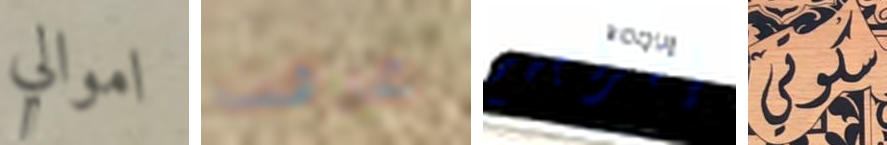
اموالي عرفت إخراجهم سكوتي